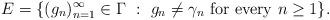
LaTeX: \begin{align*}E = \{ (g_n)_{n=1}^\infty \in \Gamma~:~ g_n \ne \gamma_n \mbox{ for every } n\ge 1\}.\end{align*}